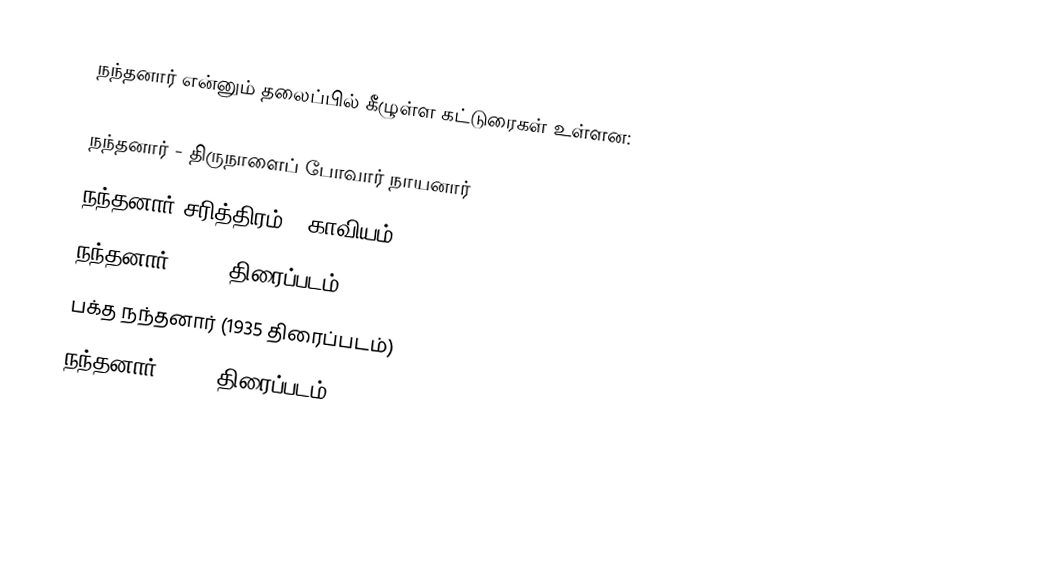
நந்தனார் என்னும் தலைப்பில் கீழுள்ள கட்டுரைகள் உள்ளன:

நந்தனார் - திருநாளைப் போவார் நாயனார்
நந்தனார் சரித்திரம் - காவியம்
நந்தனார் (1933 திரைப்படம்)
பக்த நந்தனார் (1935 திரைப்படம்)
நந்தனார் (1942 திரைப்படம்)